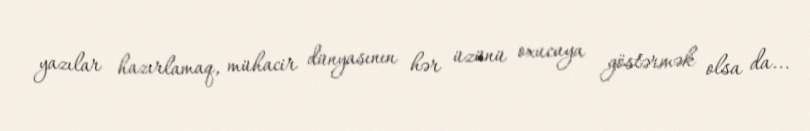
yazılar hazırlamaq, mühacir dünyasının hər üzünü oxucuya göstərmək olsa da...